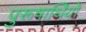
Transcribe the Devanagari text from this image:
पुरूषार्थियों